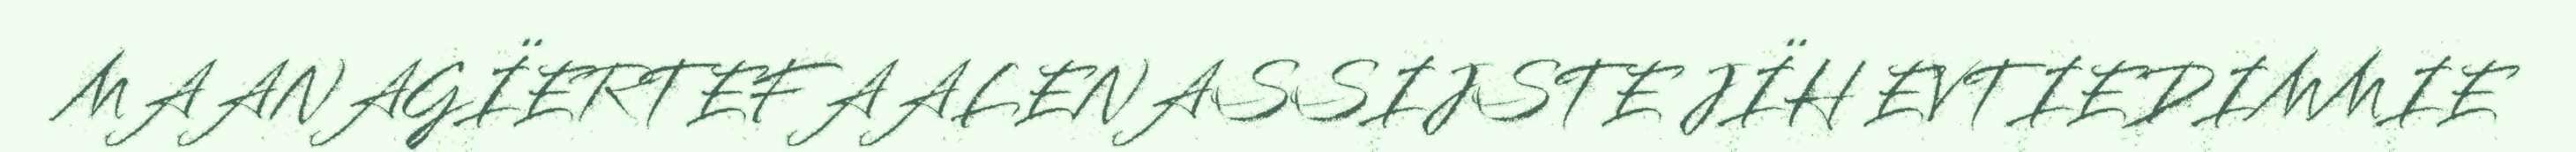
MAANAGÏERTEFAALENASSIJSTE JÏH EVTIEDIMMIE